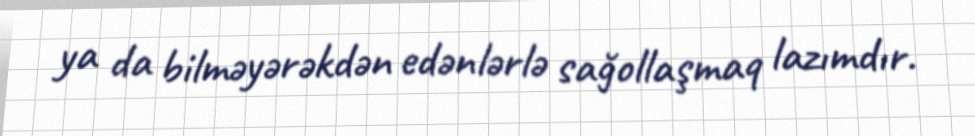
ya da bilməyərəkdən edənlərlə sağollaşmaq lazımdır.